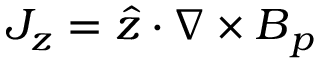
J _ { z } = \boldsymbol { \hat { z } } \cdot \nabla \times \boldsymbol { B } _ { p }